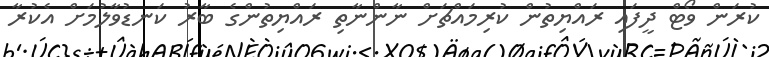
ކުރަން ވޯޓް ދީފައި ރައްޔިތުން ކުރިމައްޗަށް ނާންނާތި ރައްޔިތުންގެ ބާރު ކަނޑުވާލުމަށް އެކުރާ